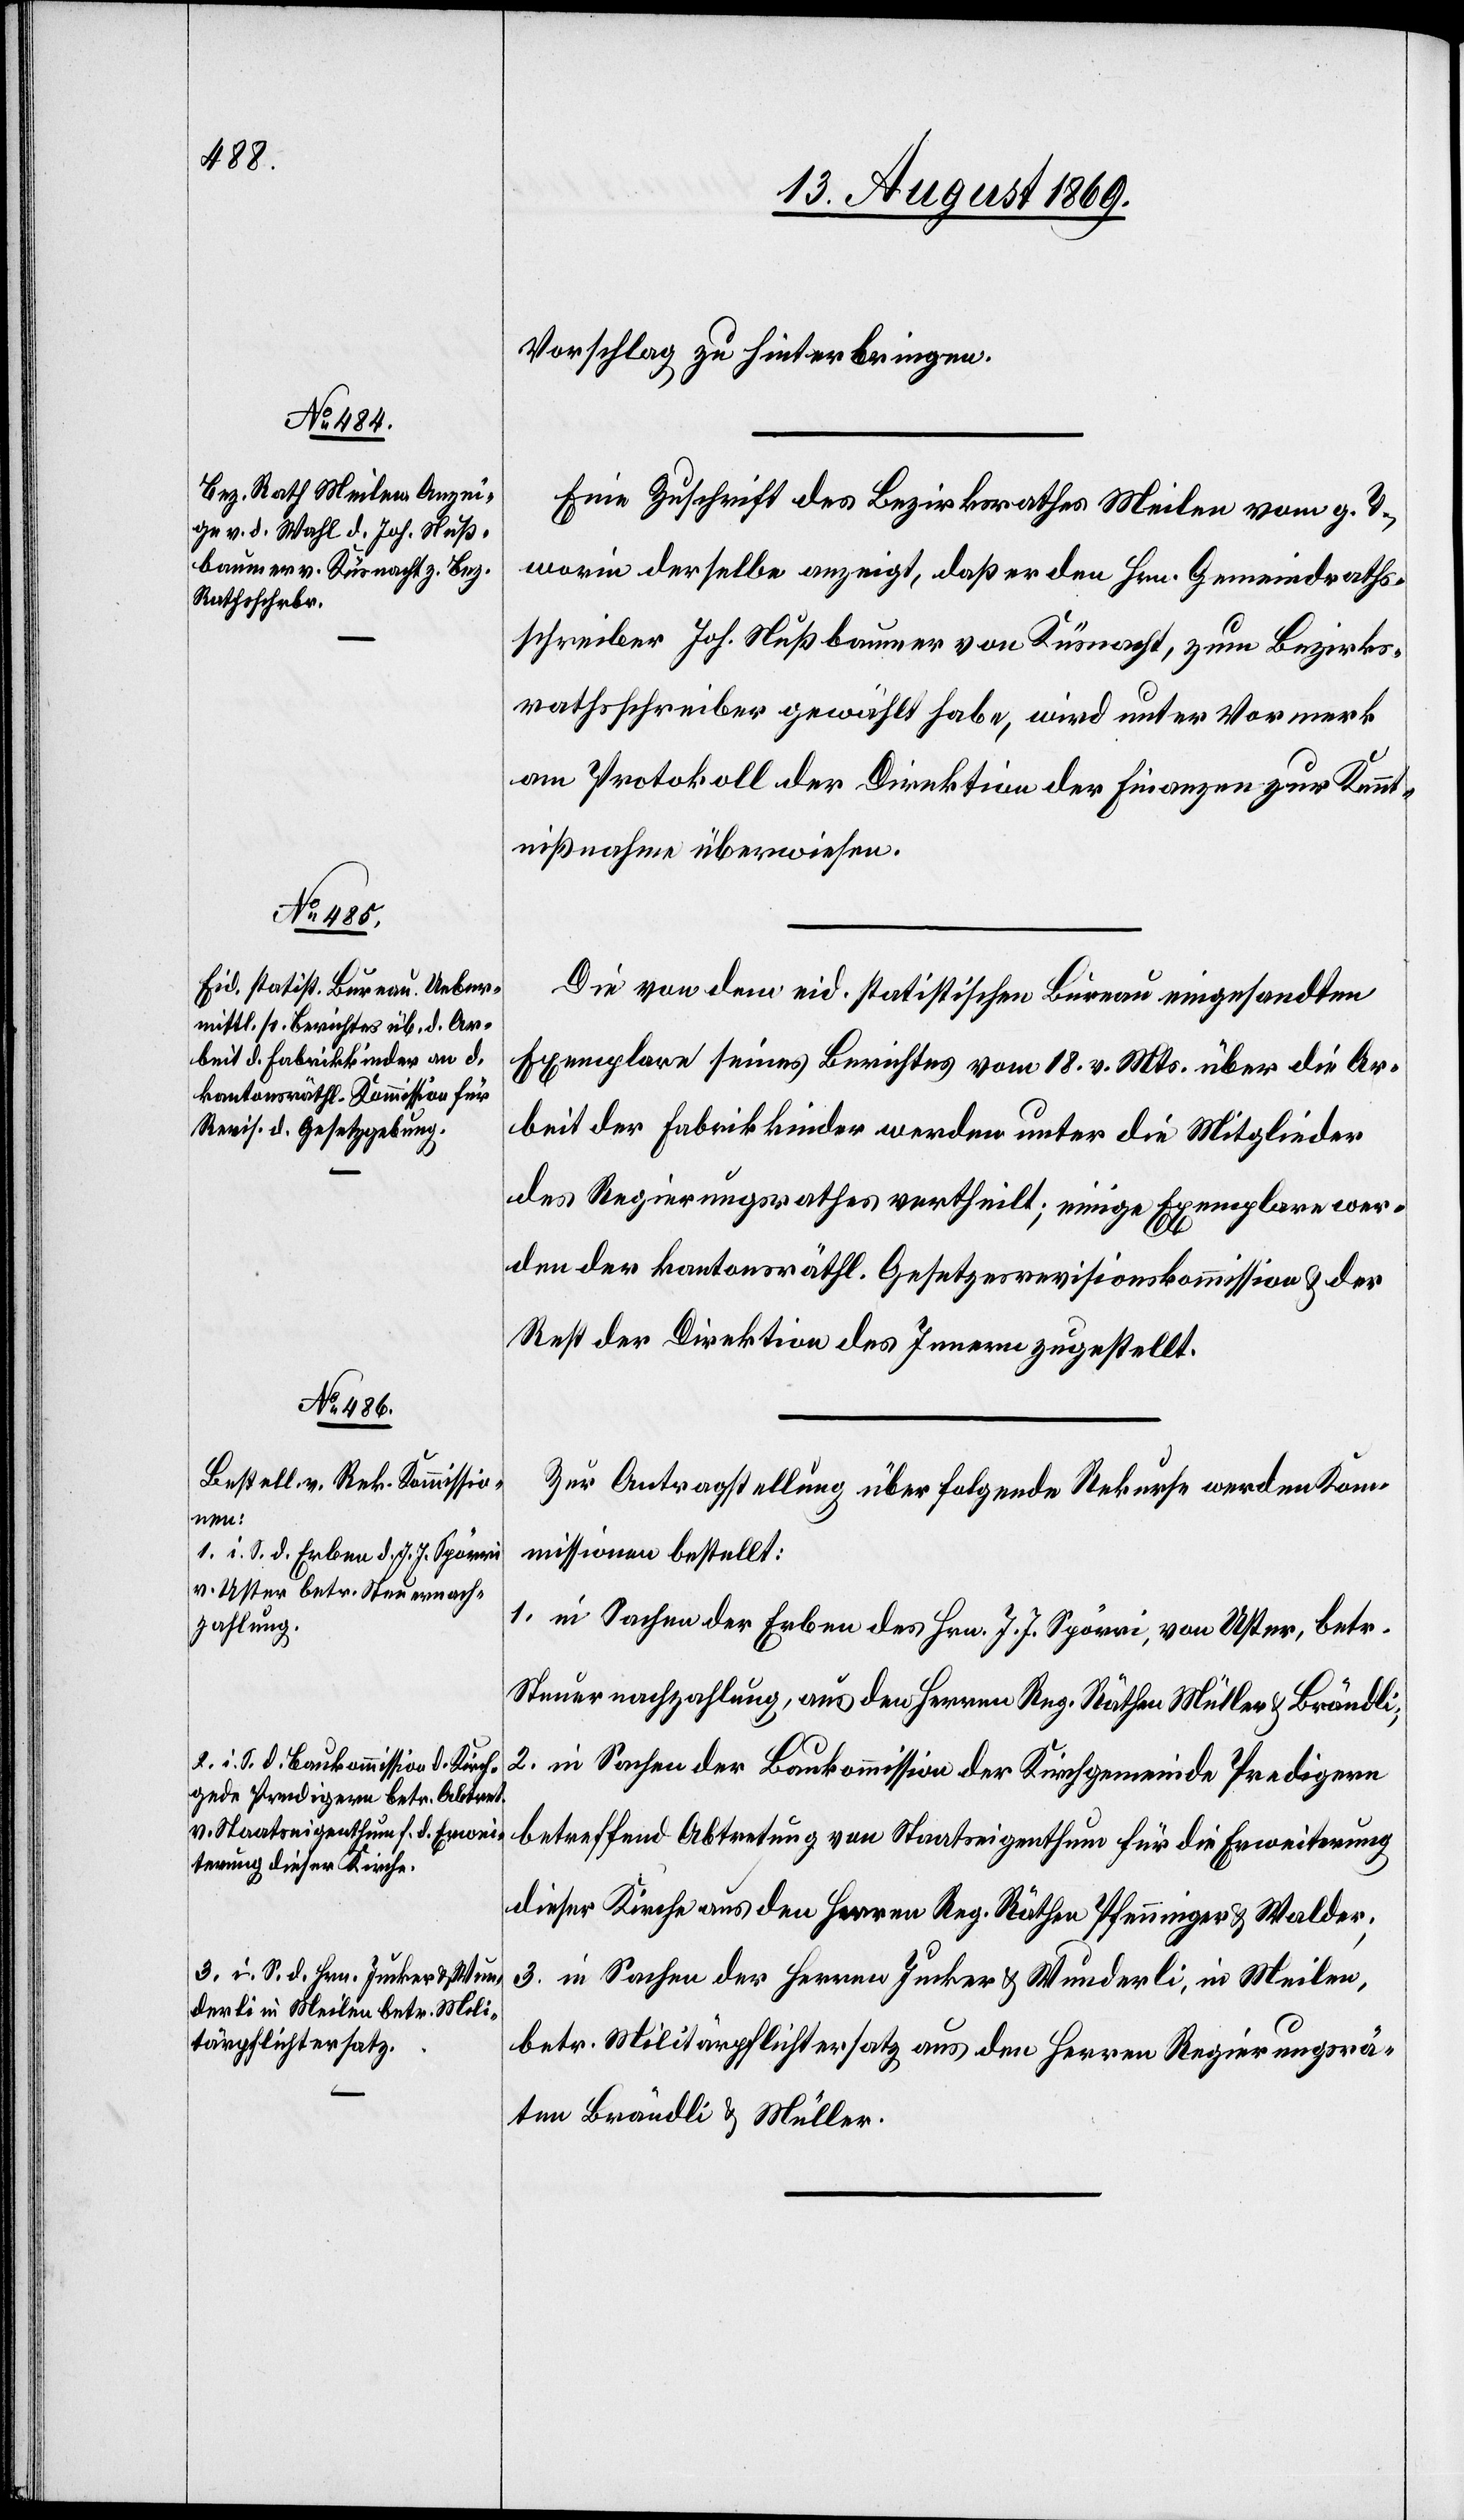
ung

Vorschlag zu hinterbringen.
Eine Zuschrift des Bezirksrathes Meilen vom g. T.
worin derselbe anzeigt, daß er den Hrn. Gemeindraths¬
schreiber Joh. Nußbaumer von Küsnacht, zum Bezirks¬
rathsschreiber gewählt habe, wird unter Vormerk¬
am Protokoll der Direktion der Finanzen zur Kennt¬
nißnahme überwiesen.
Die von dem eid. statistischen Bureau eingesandten
Exemplare seines Berichtes vom 18 v. Mts. über die Ar¬
beit der Fabrikkinder werden unter die Mitglieder
des Regierungsrathes vertheilt; einige Exemplare wer¬
den der kantonsräthl. Gesetzesrevisionskommission & der
Rest der Direktion des Innern zugestellt.
Zur Antragstellung über folgende Rekurse werden Kom¬
missionen bestellt:
1. in Sachen der Erben des Hrn. J. J. Spörri, von Uster, betr.
Steuernachzahlung, aus den Herren Reg. Räthen Müller & Brändli;
2. in Sachen der Baukommission der Kirchgemeinde Predigern
betreffend Abtretung von Staatseigenthum für die Erweiterung
dieser Kirche aus den Herren Reg. Räthen Pfenninger & Walder;
3. in Sachen der Herren Jucker & Wunderli, in Meilen,
betr. Militärpflichtersatz aus den Herren Regierungsrä¬
ten Brändli & Müller.